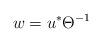
LaTeX: \begin{align*}w = u^* \Theta^{-1}\end{align*}